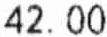
42.00